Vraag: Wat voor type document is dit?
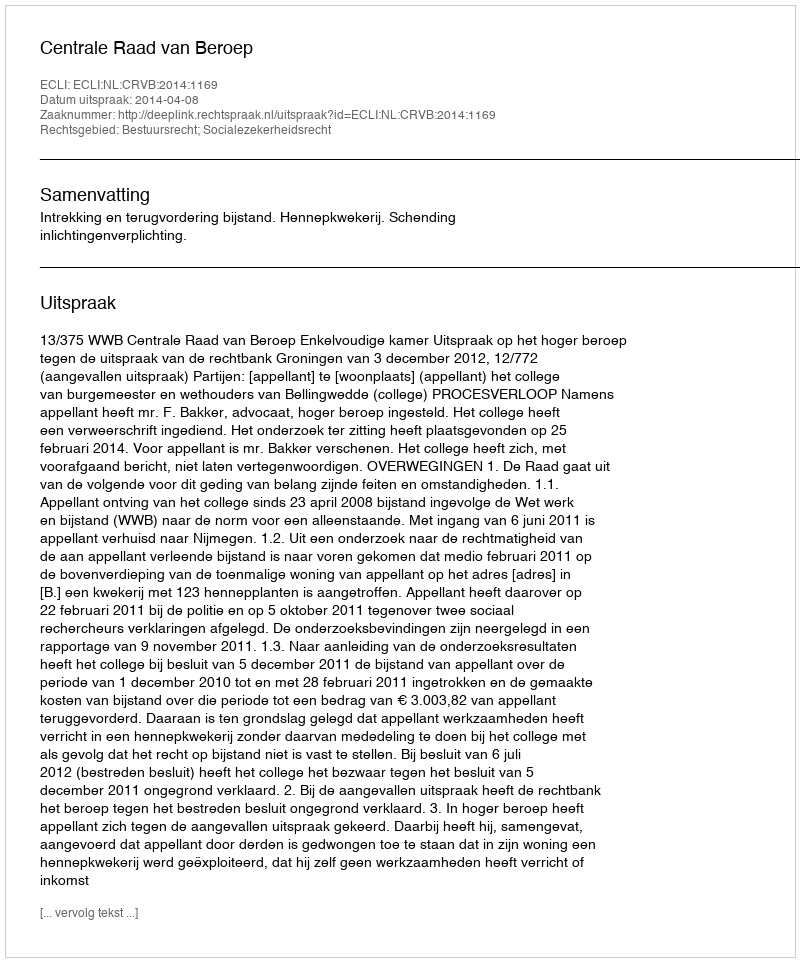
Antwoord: Uitspraak